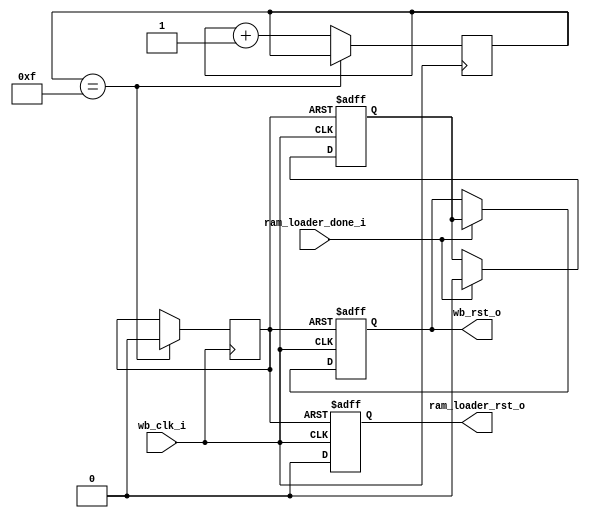
module system_control 
  (input wb_clk_i,
   output reg ram_loader_rst_o,
   output reg wb_rst_o,
   input ram_loader_done_i
   );

   reg 		POR = 1'b1;
   reg [3:0] 	POR_ctr;

   initial POR_ctr = 4'd0;
   always @(posedge wb_clk_i)
     if(POR_ctr == 4'd15)
       POR <= 1'b0;
     else
       POR_ctr <= POR_ctr + 4'd1;
   
   always @(posedge POR or posedge wb_clk_i)
     if(POR)
       ram_loader_rst_o <= 1'b1;
     else
       ram_loader_rst_o <= #1 1'b0;

   // Main system reset
   reg 		delayed_rst;
   
   always @(posedge POR or posedge wb_clk_i)
     if(POR)
       begin
	  wb_rst_o <= 1'b1;
	  delayed_rst <= 1'b1;
       end
     else if(ram_loader_done_i)
       begin
	  delayed_rst <= 1'b0;
	  wb_rst_o <= delayed_rst;
       end

endmodule